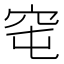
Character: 窀